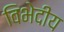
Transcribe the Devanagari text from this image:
विभेदीय